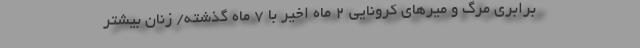
برابری مرگ و میرهای کرونایی ۲ ماه اخیر با ۷ ماه گذشته/ زنان بیشتر